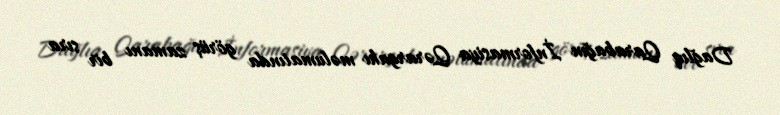
Dağlıq Qarabağın İnformasiya Qərargahı məlumatında görüş zamanı bir sıra